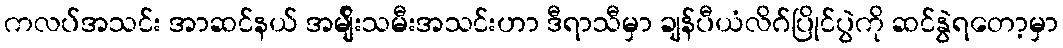
ကလပ်အသင်း အာဆင်နယ် အမျ်ိုးသမီးအသင်းဟာ ဒီရာသီမှာ ချန်ပီယံလိဂ်ပြိုင်ပွဲကို ဆင်နွဲရတော့မှာ